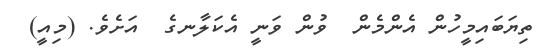
ތިޔަބައިމީހުން އެންމެން  ވުން ވަނީ އެކަލާނގެ  އަށެވެ. (މިއީ)